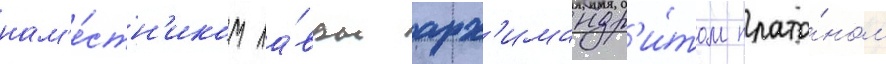
нам'е́стн'иком ла́вры арх'имандр'и́том плато́ном